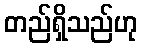
တည်ရှိသည်ဟု